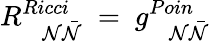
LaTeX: R_{~~~~{{\cal N}}{\bar{{\cal N}}}}^{Ricci}~=~g_{~~~~{{\cal N}}{{\bar{\cal N}}}}^{Poin}